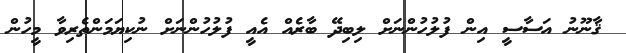
ޤާނޫނު އަސާސީ އިން ފުލުހުންނަށް ލިބިދޭ ބާރެއް އެއީ ފުލުހުންނަށް ނުކިޔަމަންތެރިވާ މީހުން